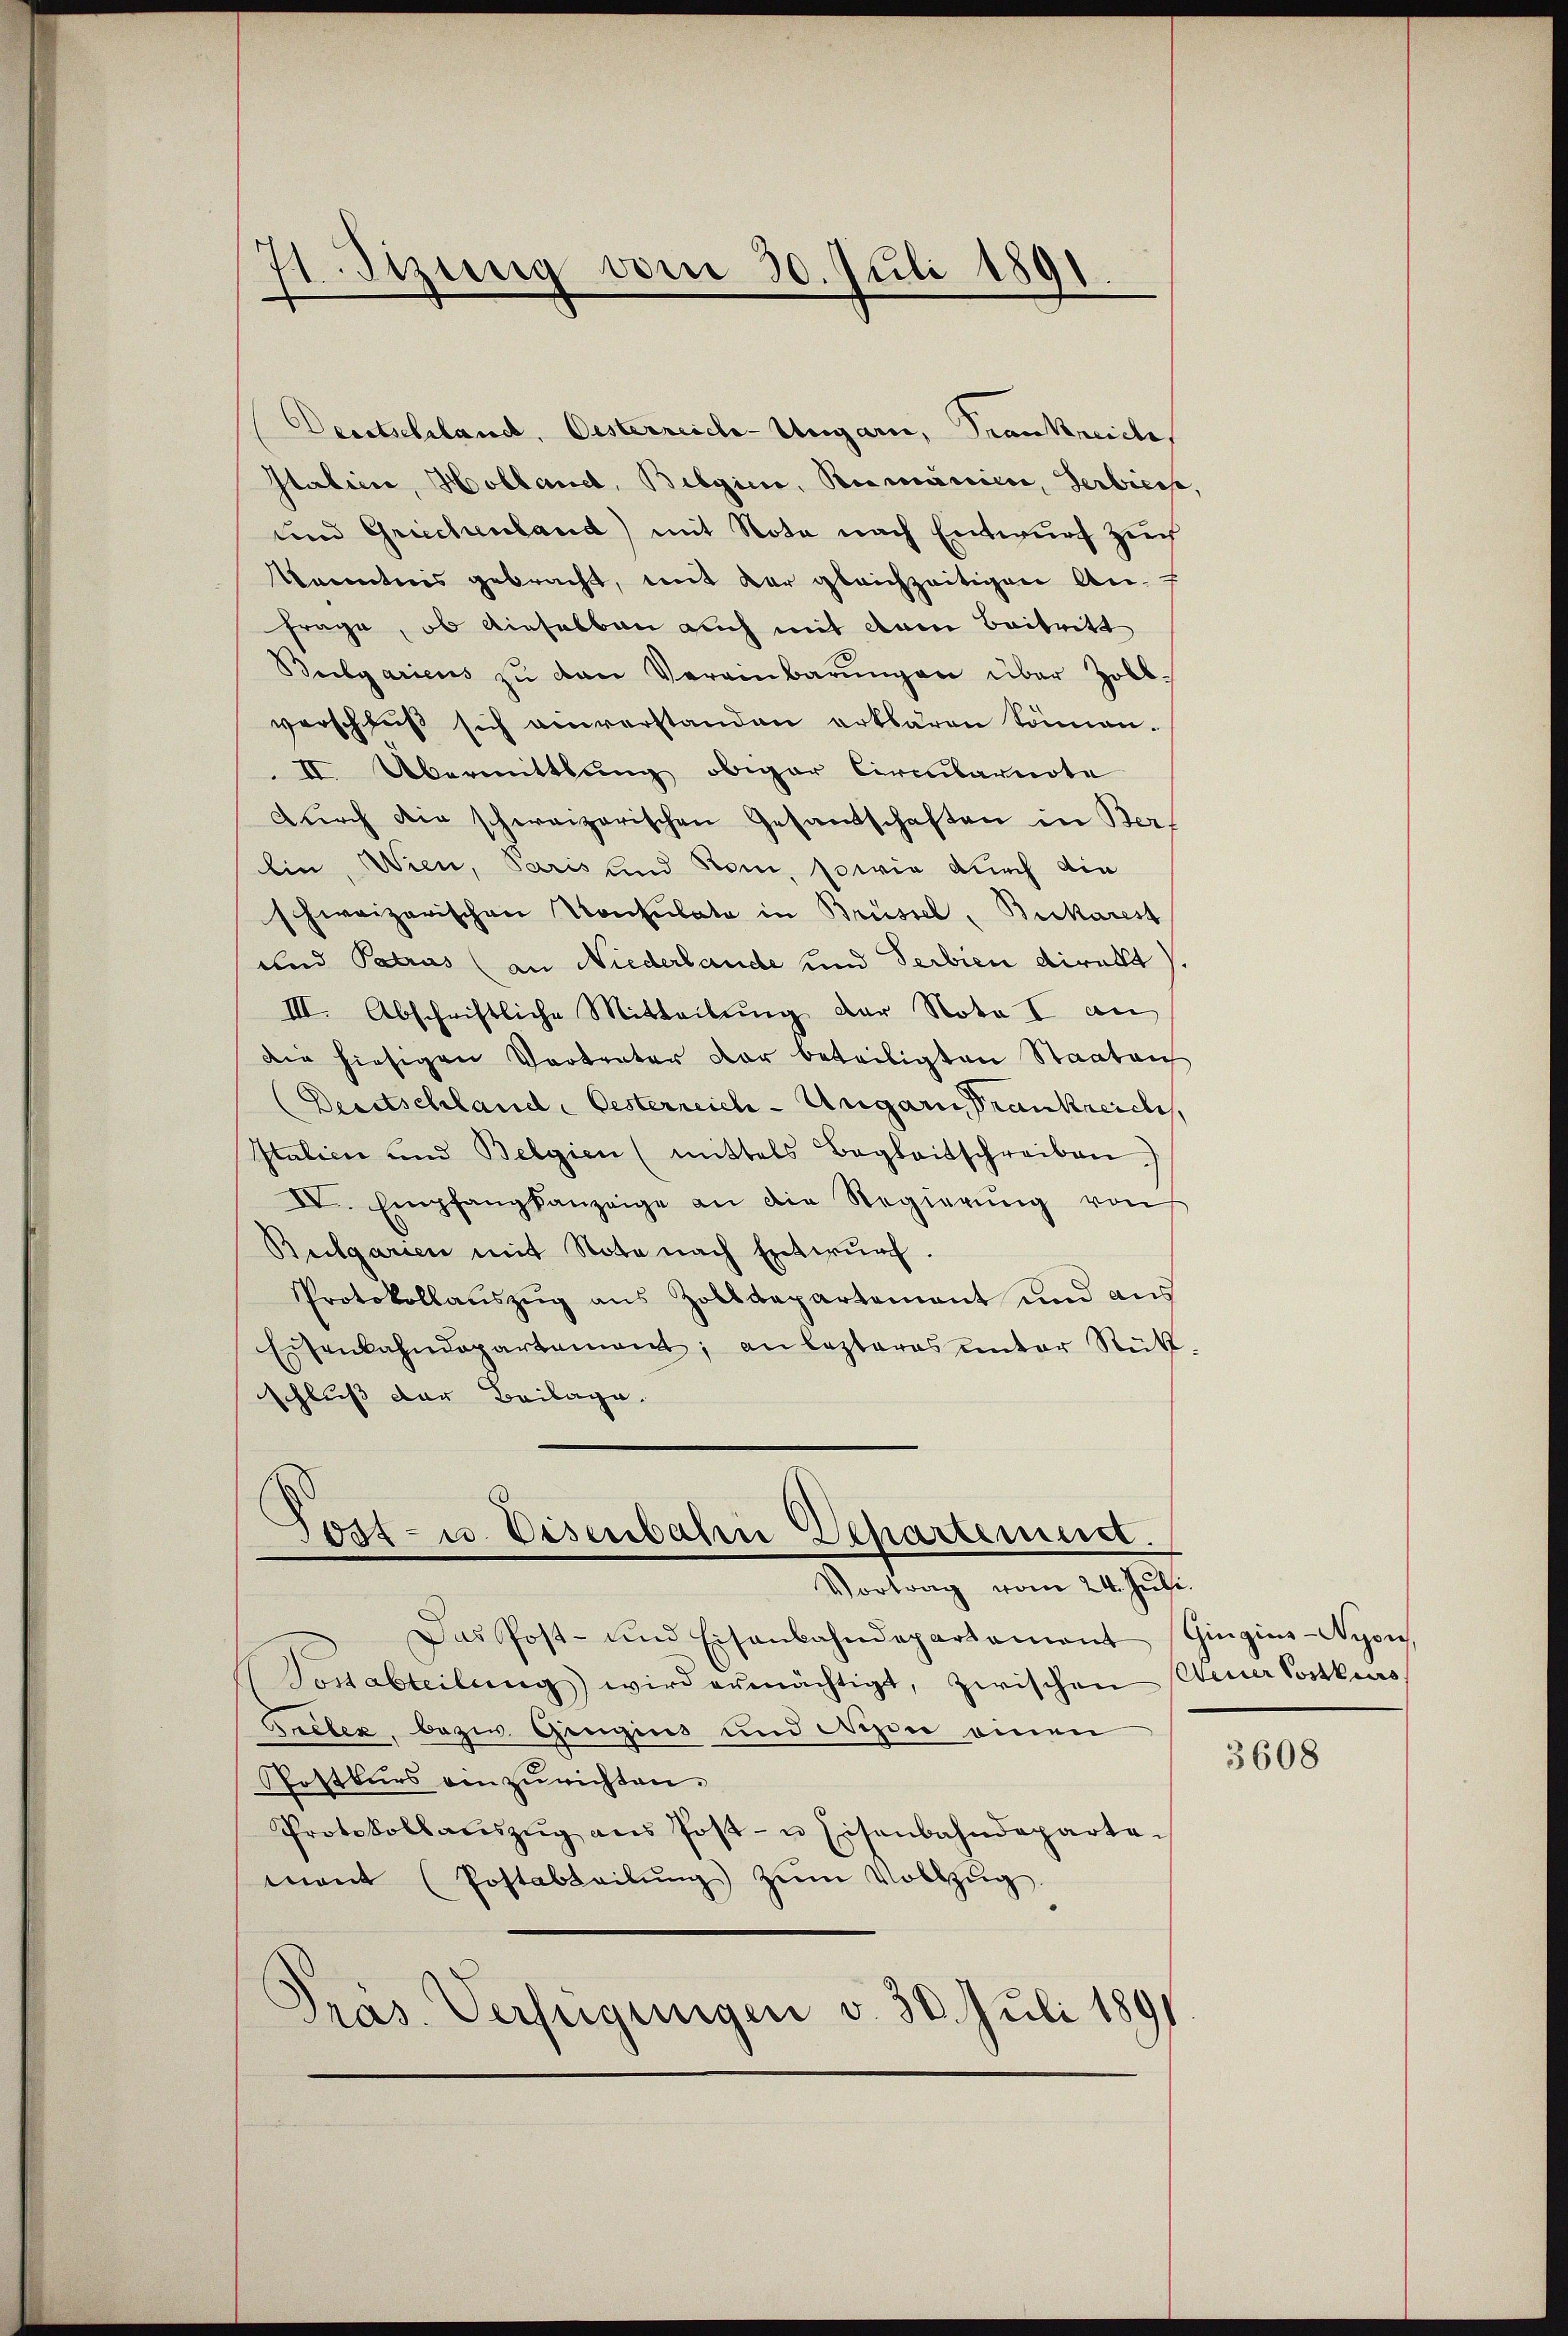
1
 Stzung vom 30. Juli 1891.

Deutschland, Oesterreich-Ungarn, Trankreiche
Italien, Holland, Belgica, Recuriere, Serbiess,
und Griechenland) mit Nota nach Entwurf zuch
kanntnis gebracht, mit der gleichzeitigen An-
Frage, ob dieselben auch mit dem Beitritt
Beelgariens zŭ den Vereinbarŭngen über Zoll-
verschluß sich einverstanden erklären können.
II. Übermittlung obiger Circularnote
durch die schweizerischen Gesandschaften in Ber
lin, Wien, Paris und Rom, sowie durch die
schweizerischen Konsulate in Brüssel, Beckarest
und Patrus (an Niederbande und Serbien direkt
III. Abschriftliche Mitteilŭng der Nota I an
die hiesigen Vortreter der beteiligten Staatlich
Deutschland. Oesterreich-Ungarn Frankreich,
Italici und Belgien (mittels Begleitschreiben.)
IV. Empfangkanzeige an die Regierŭng von
Bulgarien mit Note nach Entwurf.
Protokollaŭszŭg aŭs Zolldepartement und aŭs
Eisenbahndepartement; an lezteres unter Rück-
schluß der Beilage.
Post- u. Disenbahn Departement.
Vortrag vom 24. Juli.
Das Post- und Eisenbahndepartament Gingins-Nyon,
Tosabteilŭng wird ermächtigt, zwischen Steuer Postkurs,
Greben, bezw. Gengius und Wesen einen
Postkurs einzurichten.
Protokollaŭszŭg ans Post- u Eisenbahndeparte-
mant (Postabteilŭng zŭm Vollzŭg.
Pras. Verfügungen v. 30. Juli 1891

3608